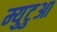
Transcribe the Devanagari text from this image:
म्युटुआ